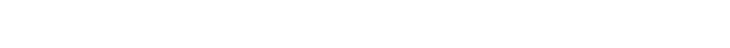
ကား။ ဝိစိကိစ္ဆုဒ္ဓစ္စသမ္ပယုတ္တော၊ ဝိစိကိစ္ဆာသမ္ပယုတ် ဥဒ္ဓစ္စသမ္ပယုတ်ဖြစ်သော။ မောဟော၊ သည်။ (မောဟမူဒွေး၌